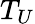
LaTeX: T_{U}